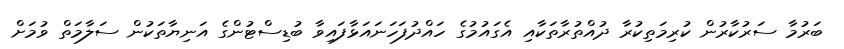
ބަރުމާ ސަރުކާރުން ކުރިމަތިކުރާ ދުއްތުރާތަކާއި އެގައުމުގެ ހައްދުފަހަނައަޅާފައިވާ ބުޑިސްޓުންގެ އަނިޔާތަކުން ސަލާމަތް ވުމަށް